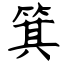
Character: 箕